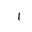
Letter: _alif